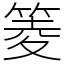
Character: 䈊